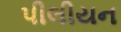
પીલીયન